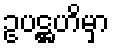
ဥပဋ္ဌဟိမှာ